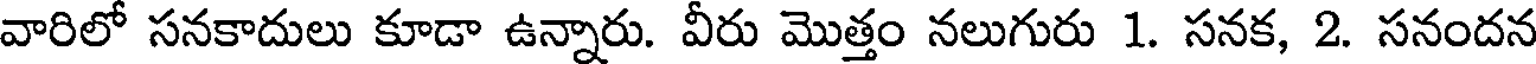
వారిలో సనకాదులు కూడా ఉన్నారు. వీరు మొత్తం నలుగురు 1. సనక, 2. సనందన